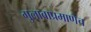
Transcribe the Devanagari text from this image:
गुलाबाप्रमाणेच